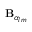
\mathbf { B } _ { \alpha _ { l m } }